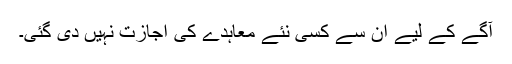
آگے کے لیے ان سے کسی نئے معاہدے کی اجازت نہیں دی گئی۔